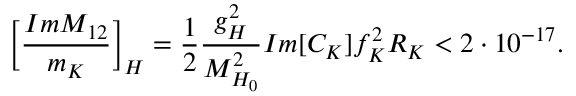
\biggl [ \frac { I m { M } _ { 1 2 } } { m _ { K } } \biggr ] _ { H } = \frac { 1 } { 2 } \frac { g _ { H } ^ { 2 } } { M _ { H _ { 0 } } ^ { 2 } } I m [ C _ { K } ] f _ { K } ^ { 2 } R _ { K } < 2 \cdot 1 0 ^ { - 1 7 } .